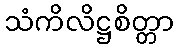
သံကိလိဋ္ဌစိတ္တာ